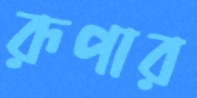
রূপার